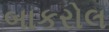
બાકરોલ